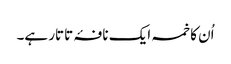
اُن کا خمسہ ایک نافۂ تاتار ہے۔